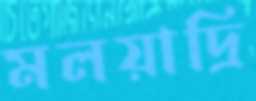
মলয়াদ্রি